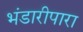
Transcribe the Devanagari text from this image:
भंडारीपारा